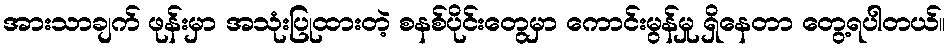
အားသာချက် ဖုန်းမှာ အသုံးပြုထားတဲ့ စနစ်ပိုင်းတွေမှာ ကောင်းမွန်မှု ရှိနေတာ တွေ့ရပါတယ်။